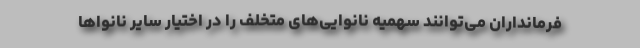
فرمانداران می‌توانند سهمیه نانوایی‌های متخلف را در اختیار سایر نانواها